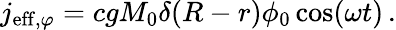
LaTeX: j_{\mathrm{eff},\varphi}=cgM_{0}\delta(R-r)\phi_{0}\cos(\omega t)\, .